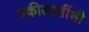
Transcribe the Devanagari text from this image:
वकीलातींशी